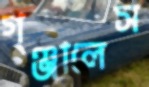
গঞ্জালেস